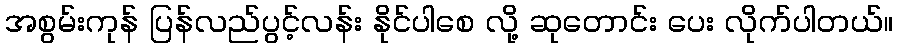
အစွမ်းကုန် ပြန်လည်ပွင့်လန်း နိုင်ပါစေ လို့ ဆုတောင်း ပေး လိုက်ပါတယ်။